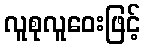
လူစုလူဝေးဖြင့်